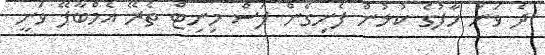
ދެ ވަނަ ހާފުގެ ކުޅުން ފެށިގެން ފަސް މިނިޓް ތެރޭ އެމްބާޕޭ ވަނީ